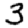
Digit: 3